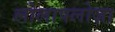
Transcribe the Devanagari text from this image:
लोलापलोज़ा